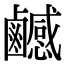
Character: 𪊄